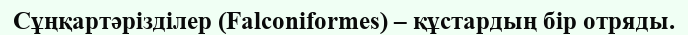
Сұңқартәрізділер (Falconiformes) – құстардың бір отряды.